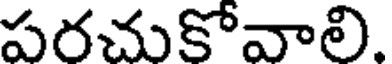
పరచుకోవాలి.